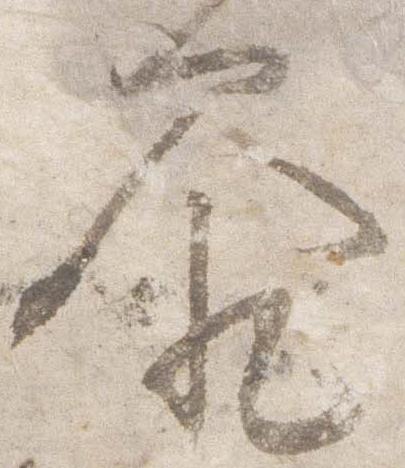
参